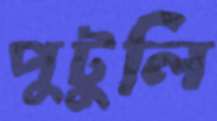
পুটুলি